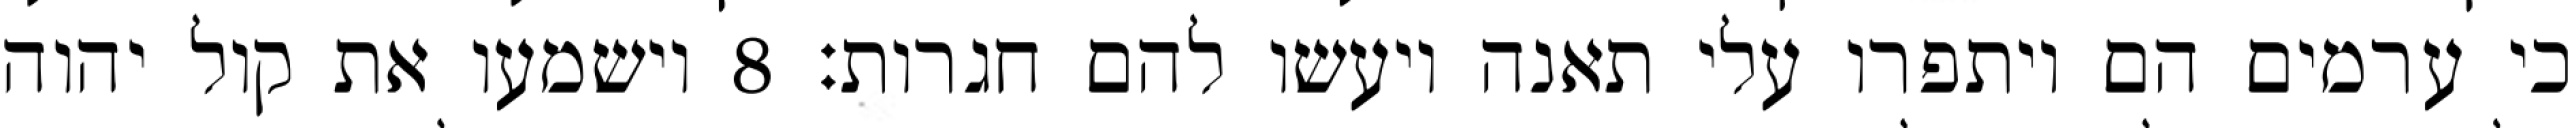
כי ערמים הם ויתפרו עלי תאנה ויעשו להם חגרות׃ ‎8‏ וישמעו את קול יהוה